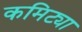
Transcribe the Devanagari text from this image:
कमिट्या